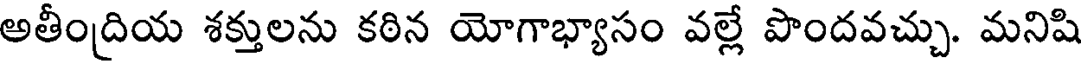
అతీంద్రియ శక్తులను కఠిన యోగాభ్యాసం వల్లే పొందవచ్చు. మనిషి